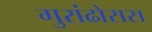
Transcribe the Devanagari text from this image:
गुरांढोरास